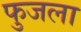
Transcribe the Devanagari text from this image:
फुजला